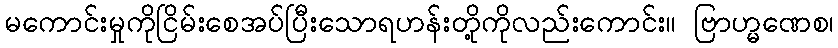
မကောင်းမှုကိုငြိမ်းစေအပ်ပြီးသောရဟန်းတို့ကိုလည်းကောင်း။ ဗြာဟ္မဏေစ၊